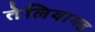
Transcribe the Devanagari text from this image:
तेलियागड